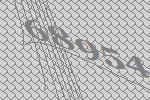
68954